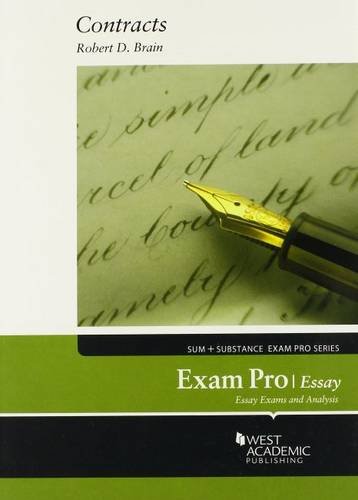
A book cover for Exam Pro on Contracts, Essay; Robert Brain; Law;